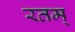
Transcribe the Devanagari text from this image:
रतम्